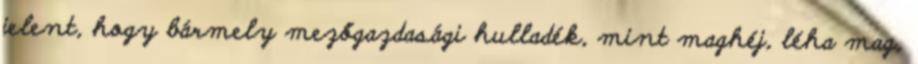
jelent, hogy bármely mezőgazdasági hulladék, mint maghéj, léha mag,